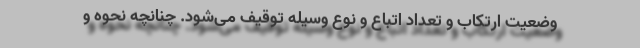
وضعیت ارتکاب و تعداد اتباع و نوع وسیله توقیف می‌شود. چنانچه نحوه و